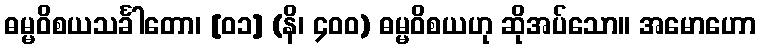
ဓမ္မဝိစယသင်္ခါတော၊ [၀၁] (နိ၊ ၄၀၀) ဓမ္မဝိစယဟု ဆိုအပ်သော။ အမောဟော